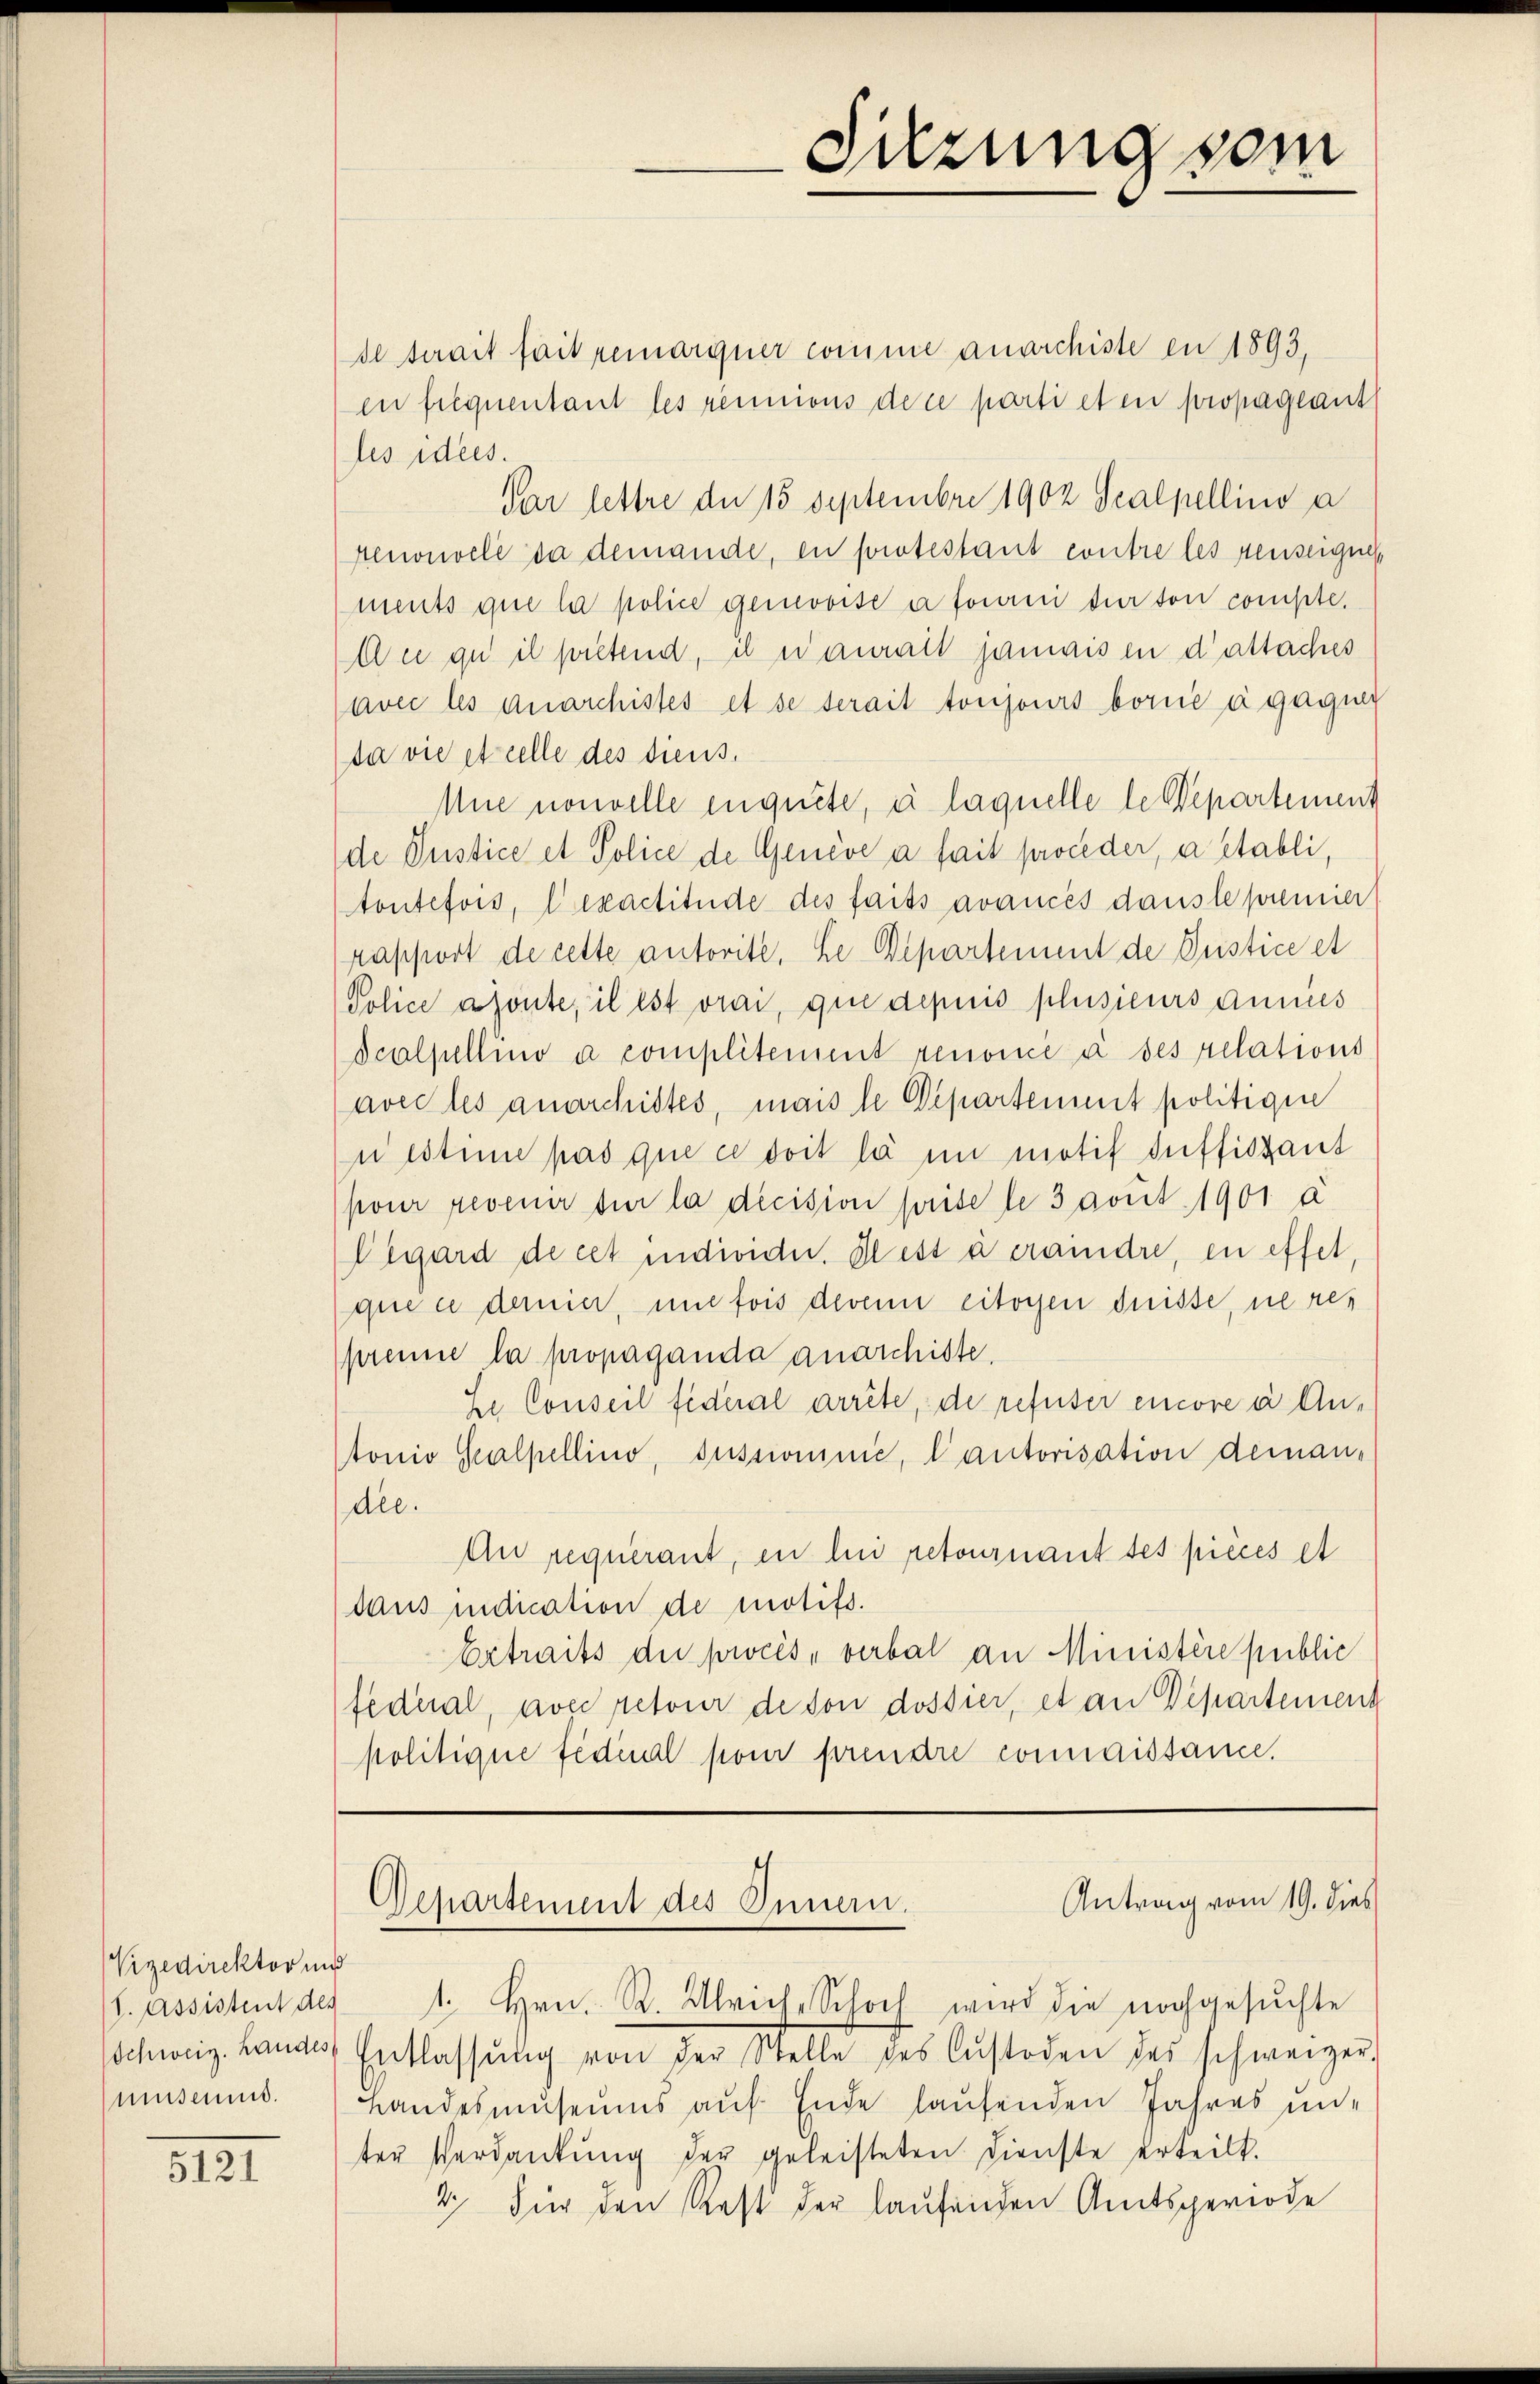
Vizedirektor und
Schweiz. Landes
museums.

XIII

de serait fait remarquer comme anarchiste en 1893,
en frequentant les rennions de ce parti et en propagant
les idees.
Par lettre de 15 Septembre 1902 Scalpellino a
Menouvelé da demande, en protestant contre les penseigne
ments que la police gemovise à fourni für son compte.
Du qu’ il pretend, il n’aurait jamais in d’attaches
avec les Anarchistes et se serait toujours borne à gagun
da vie et celle des diens.
MMue nouvelle engute, à laquelle le Departement
de Justice et Police de Genève à fait proceder, a établi,
toutefois, Cexactitüde des faits avancés dans le premier
rapport de cette autorite, he Departement de Justice et
Police ajoute, il est vrai, que depuis plusieurs annies
Scalpellino a complitement renoncé à ses relations
avec les anarchittes, mais le Departement politigen
uestime pas que ce doit la in motif suffissant
pour revenir sur la dicision prise le 3 avut 1901 a
Cigard de cet individer. Il est à craindre, en effet,
que ce demier, une fois devenn eitoyen dnisse, ne res
prenne la propaganda anarchitte.
Se Conseil fideral arrête, de refuser encore à Antonio Salpellino, susnomme, lautorisation demandee.
Au requerant, in lui retournant tes pièces et
daus indication de motifs.
Extraits die procès-verbal an Ministère public
federal, avec retour de von dossier, et an Departement
politique fédinal pour prendre connaissance.

Sitzung som

Antrag vom 19. dies
Gepartement des Innern.
S. Assistent des 1. hrn. R. Ulrich-Schoch wird die nachgesŭchte

Entlassŭng von der Stelle des Custoden des schweizer-
Landesmuseums auf Ende laufenden Jahres un-
ter Verdankŭng der geleisteten Dienste erteilt.
2. Für den Rest der laŭfenden Amtsperiode